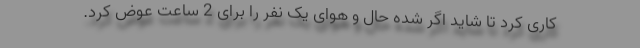
کاری کرد تا شاید اگر شده حال و هوای یک نفر را برای 2 ساعت عوض کرد.